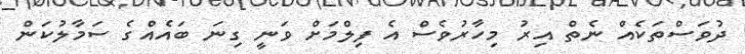
ދުވަސްތަކެއް ނެތް އިރު މިހާރުވެސް އެ ފިލްމަށް ވަނީ ގިނަ ބައެއްގެ ސަމާލުކަން